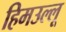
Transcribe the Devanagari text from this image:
हिमउल्लू